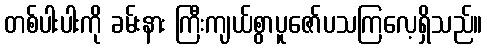
တစ်ပါးပါးကို ခမ်းနား ကြီးကျယ်စွာပူဇော်ပသကြလေ့ရှိသည်။